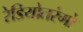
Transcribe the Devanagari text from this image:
रेडियोतरंगो